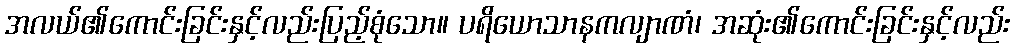
အလယ်၏ကောင်းခြင်းနှင့်လည်းပြည့်စုံသော။ ပရိယောသာနကလျာဏံ၊ အဆုံး၏ကောင်းခြင်းနှင့်လည်း